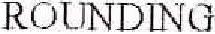
ROUNDING